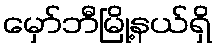
မှော်ဘီမြို့နယ်ရှိ